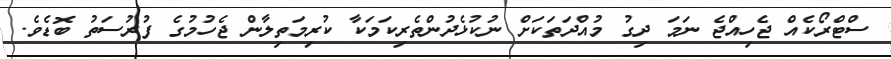
ސްޓްރޯކެއް ޖެހިއްޖެ ނަމަ ދިގު މުއްދަތަކަށް ނުކުޅެދުންތެރިކަމަކާ ކުރިމަތިލާން ޖެހުމުގެ ފުރުސަތު ބޮޑެވެ.